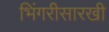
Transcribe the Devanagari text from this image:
भिंगरीसारखी